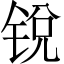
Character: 锐